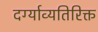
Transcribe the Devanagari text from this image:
दर्ग्याव्यतिरिक्त